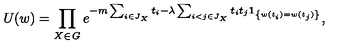
U ( w ) = \prod _ { X \in { \it G } } e ^ { - m \sum _ { i \in J _ { X } } t _ { i } - \lambda \sum _ { i < j \in J _ { X } } t _ { i } t _ { j } { \bf 1 } _ { \left\{ w ( t _ { i } ) = w ( t _ { j } ) \right\} } } ,